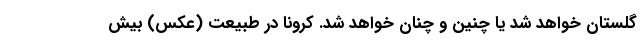
گلستان خواهد شد یا چنین و چنان خواهد شد. کرونا در طبیعت (عکس) بیش